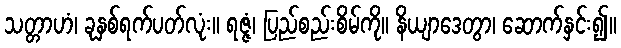
သတ္တာဟံ၊ ခုနှစ်ရက်ပတ်လုံး။ ရဇ္ဇံ၊ ပြည်စည်းစိမ်ကို။ နိယျာဒေတွာ၊ ဆောက်နှင်း၍။